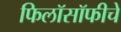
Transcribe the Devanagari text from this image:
फिलॉसॉफीचे